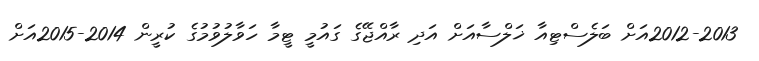
2012-2013އަށް ބަލެސްޓިއާ ޚަލްސާއަށް އަދި ރާއްޖޭގެ ގައުމީ ޓީމާ ހަވާލުވުމުގެ ކުރީން 2014-2015އަށް